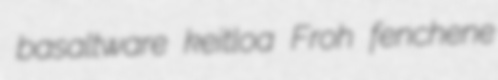
basaltware keitloa Froh fenchene